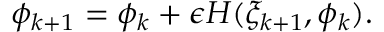
\begin{array} { r } { \phi _ { k + 1 } = \phi _ { k } + \epsilon H ( \xi _ { k + 1 } , \phi _ { k } ) . } \end{array}